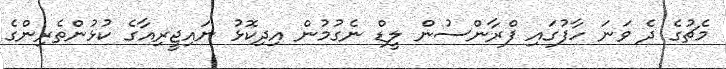
މެޗުގެ ދެ ވަނަ ހާފުގައި ފްރާންސުން ލީޑް ނެގުމުން އިދިކޮޅު ނައިޖީރިއާގެ ކުޅުންތެރިންގެ